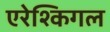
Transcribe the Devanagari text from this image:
एरेश्किगल